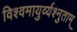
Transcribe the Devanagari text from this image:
विश्वमायुर्व्यश्नुताम्‌